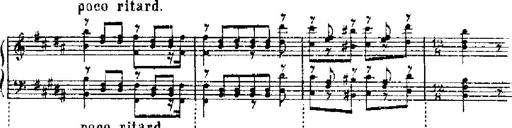
Title: RÃ©miniscences de Robert le diable
Composer: Franz Liszt